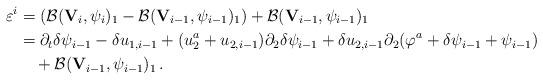
LaTeX: \begin{align*}\varepsilon^i&=\left(\mathcal B({\mathbf V}_i,\psi_i)_1-\mathcal B({\mathbf V}_{i-1},\psi_{i-1})_1\right)+\mathcal B({\mathbf V}_{i-1},\psi_{i-1})_1\\&=\partial_t\delta\psi_{i-1}-\delta u_{1,i-1}+(u_2^a+u_{2,i-1})\partial_2\delta\psi_{i-1}+\delta u_{2,i-1}\partial_2(\varphi^a+\delta\psi_{i-1}+\psi_{i-1})\\&\quad+\mathcal B({\mathbf V}_{i-1},\psi_{i-1})_1\,.\end{align*}